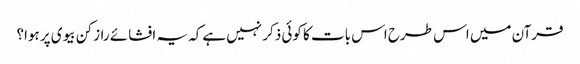
قرآن میں اس طرح اس بات کا کوئی ذکر نہیں ہےکہ یہ افشائے راز کن بیوی پر ہوا؟